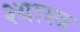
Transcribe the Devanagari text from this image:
श्यास्त्र